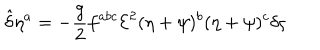
{ \hat { \delta } } \eta ^ { a } = - \frac { g } { 2 } f ^ { a b c } { \mathcal { E } } ^ { 2 } ( \eta + \psi ) ^ { b } ( \eta + \psi ) ^ { c } \delta \varsigma